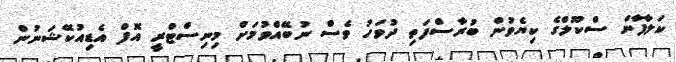
ކަލާފާން ސްކޫލްގެ ކިޔެވުން ބުރާސްފަތި ދުވަހު ވެސް ނުބޭއްވުމަށް މިނިސްޓްރީ އޮފް އެޑިއުކޭޝަނުން